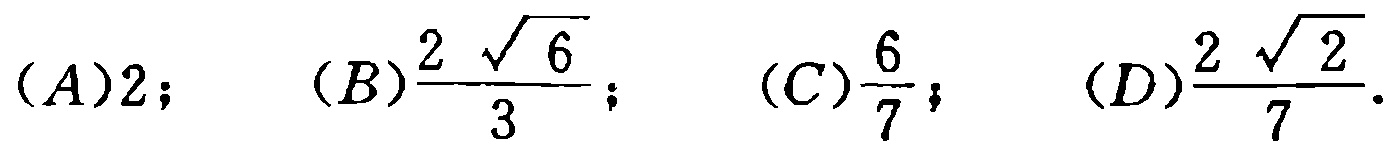
$(A)2;\quad (B)\frac{2\sqrt{6}}{3};\quad (C)\frac{6}{7};\quad (D)\frac{2\sqrt{2}}{7}.$